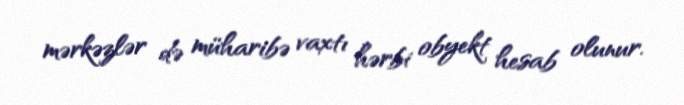
mərkəzlər də müharibə vaxtı hərbi obyekt hesab olunur.